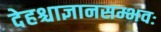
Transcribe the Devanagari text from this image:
देहश्चाज्ञानसम्भवः